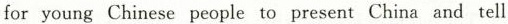
for young Chinese people to present China and tell